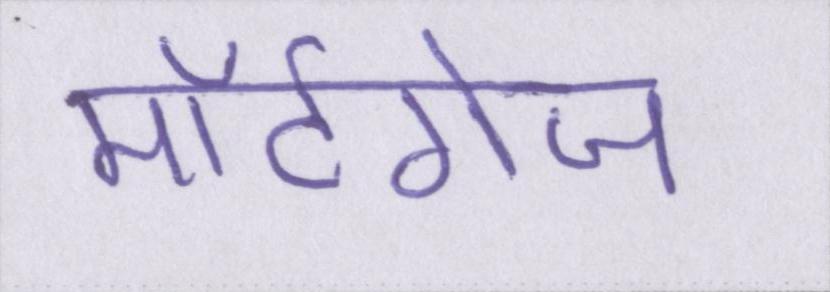
मॉर्टगेज